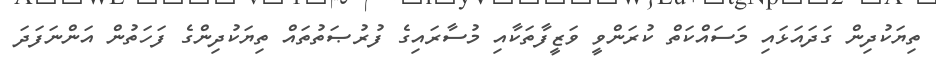
ތިޔަކުދިން ގަދައަޅައި މަސައްކަތް ކުރަންވީ ވަޒީފާތަކާއި މުސާރައިގެ ފުރުޞަތުތައް ތިޔަކުދިންގެ ފަހަތުން އަންނަފަދަ